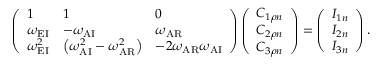
\left( \begin{array} { l l l } { 1 } & { 1 } & { 0 } \\ { \omega _ { \mathrm { E I } } } & { - \omega _ { \mathrm { A I } } } & { \omega _ { \mathrm { A R } } } \\ { \omega _ { \mathrm { E I } } ^ { 2 } } & { \left( \omega _ { \mathrm { A I } } ^ { 2 } - \omega _ { \mathrm { A R } } ^ { 2 } \right) } & { - 2 \omega _ { \mathrm { A R } } \omega _ { \mathrm { A I } } } \end{array} \right) \left( \begin{array} { l } { C _ { 1 \rho n } } \\ { C _ { 2 \rho n } } \\ { C _ { 3 \rho n } } \end{array} \right) = \left( \begin{array} { l } { I _ { 1 n } } \\ { I _ { 2 n } } \\ { I _ { 3 n } } \end{array} \right) .